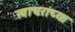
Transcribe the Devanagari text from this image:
खाचरांच्या